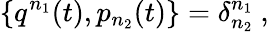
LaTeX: \{ q^{n_{1}}(t),p_{n_{2}}(t)\} =\delta_{n_{2}}^{n_{1}}\ ,